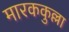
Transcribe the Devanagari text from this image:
मारककुल्ला